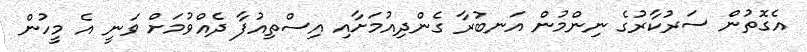
އެގޮތުން ސަރުކާރުގެ ނިންމުން އަނބުރާ ގެންދިއުމަށާއި އިސްތިއުފާ ދެއްވުމަށް ވަނީ އެ މީހުން